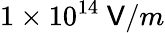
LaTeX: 1\times10^{14}\ \mathsf{V}/m